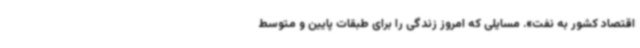
اقتصاد کشور به نفت». مسایلی که امروز زندگی را برای طبقات پایین و متوسط